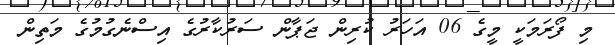
މި ފޯރަމަކީ މީގެ 06 އަހަރު ކުރިން ޖަޕާން ސަރުކާރުގެ އިސްނެގުމުގެ މަތިން